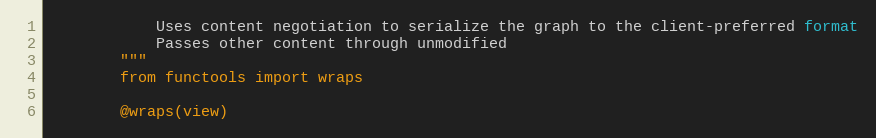
Language: Python
		    Uses content negotiation to serialize the graph to the client-preferred format
		    Passes other content through unmodified
		"""
		from functools import wraps

		@wraps(view)